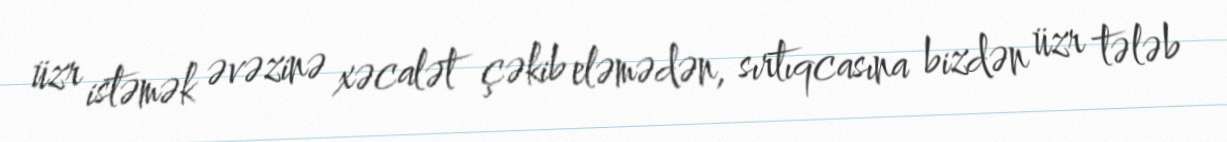
üzr istəmək əvəzinə xəcalət çəkib eləmədən, sırtıqcasına bizdən üzr tələb